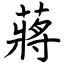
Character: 蔣